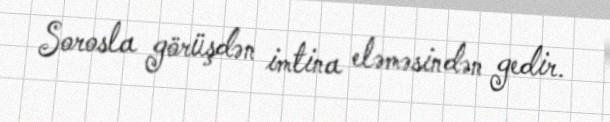
Sorosla görüşdən imtina eləməsindən gedir.